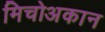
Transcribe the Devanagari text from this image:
मिचोअकान